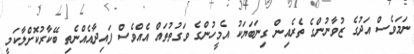
ނަމަވެސް އަދުގެ ޒުވާނުންގެ ތެރެއިން ގިނަބަޔަކު އެމީހުންގެ ވަގުތުތައް އެއްވެސް ފައިދާއެއްނެތި ބޭކާރުކޮށްލާކަމީ